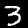
Label: 3